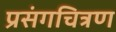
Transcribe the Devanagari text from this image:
प्रसंगचित्रण